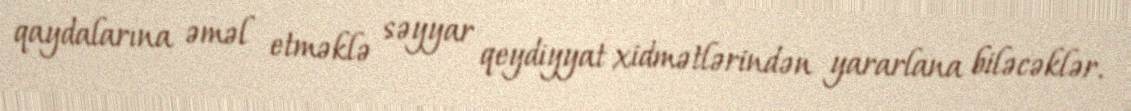
qaydalarına əməl etməklə səyyar qeydiyyat xidmətlərindən yararlana biləcəklər.